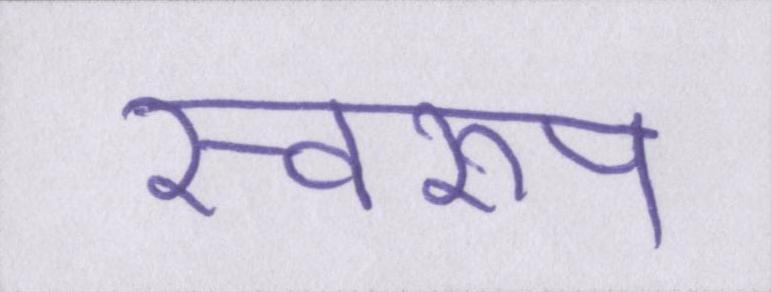
स्वरूप